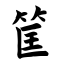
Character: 筐